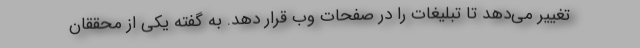
تغییر می‌دهد تا تبلیغات را در صفحات وب قرار دهد. به گفته یکی از محققان